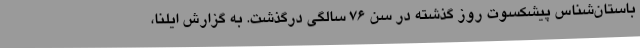
باستان‌شناس پیشکسوت روز گذشته در سن ۷۶ سالگی درگذشت. به گزارش ایلنا،